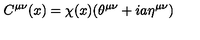
C ^ { { \mu } { \nu } } ( x ) = { \chi } ( x ) ( { \theta } ^ { { \mu } { \nu } } + i a { \eta } ^ { { \mu } { \nu } } )